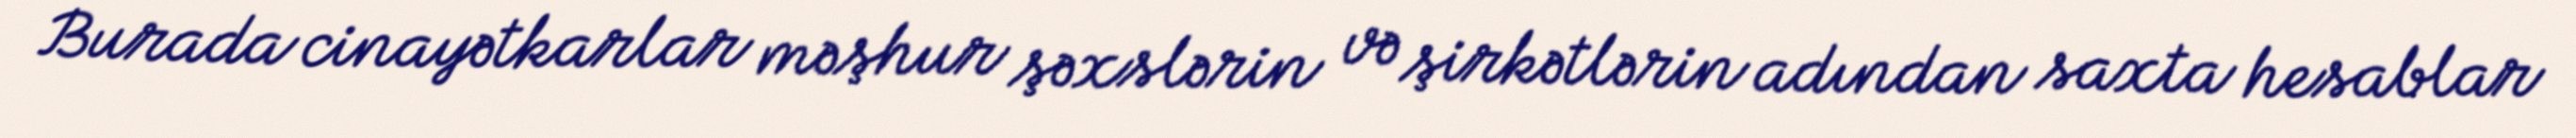
Burada cinayətkarlar məşhur şəxslərin və şirkətlərin adından saxta hesablar